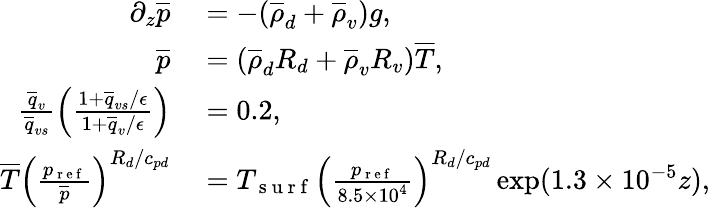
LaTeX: \begin{array}{rl}{\partial_{z}\overline{{p}}}&{{}=-(\overline{{\rho}}_{d}+\overline{{\rho}}_{v})g,}\\ {\overline{{p}}}&{{}=(\overline{{\rho}}_{d}R_{d}+\overline{{\rho}}_{v}R_{v})\overline{{T}},}\\ {\frac{\overline{{q}}_{v}}{\overline{{q}}_{vs}}\left(\frac{1+\overline{{q}}_{vs}/\epsilon}{1+\overline{{q}}_{v}/\epsilon}\right)}&{{}=0.2,}\\ {\overline{{T}}\left(\frac{p_{\mathrm{~r~e~f~}}}{\overline{{p}}}\right)^{R_{d}/c_{pd}}}&{{}=T_{\mathrm{~s~u~r~f~}}\left(\frac{p_{\mathrm{~r~e~f~}}}{8.5\times 10^{4}}\right)^{R_{d}/c_{pd}}\exp(1.3\times 10^{-5}z),}\end{array}